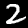
Label: 2